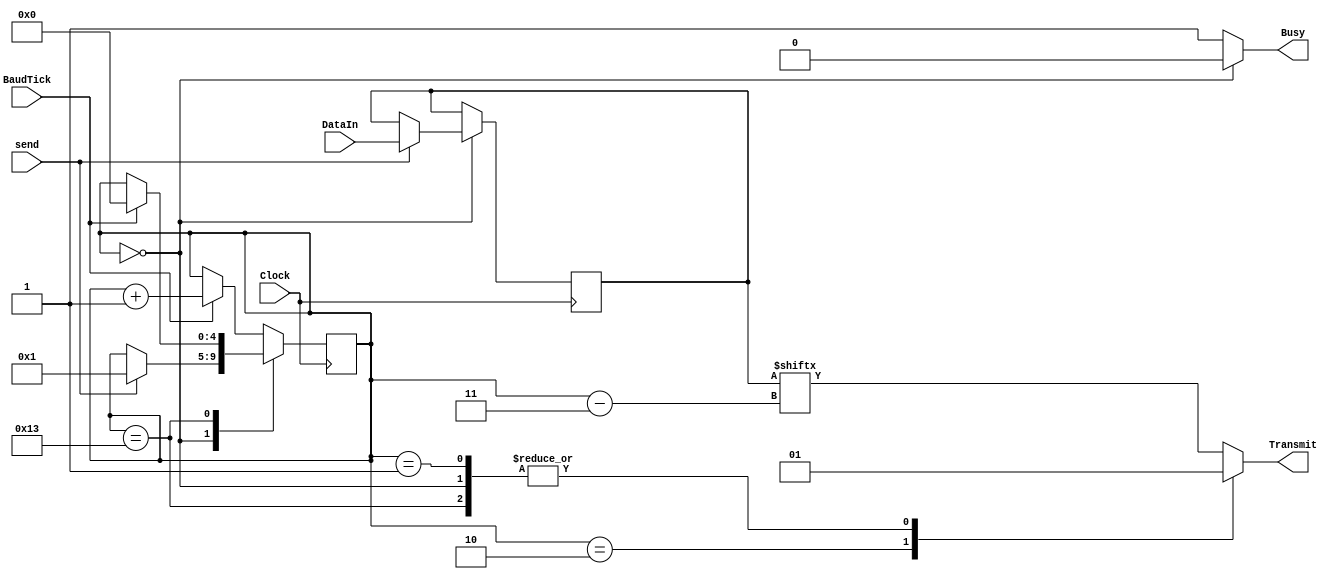
`timescale 1ns / 1ps
//////////////////////////////////////////////////////////////////////////////////
// Company: 
// Engineer: 
// 
// Design Name: 
// Module Name:    SerialTransmit 
// Project Name: 
// Target Devices: 
// Tool versions: 
// Description: 
//
// Dependencies: 
//
// Revision: 
// Revision 0.01 - File Created
// Additional Comments: 
//
//////////////////////////////////////////////////////////////////////////////////
module SerialTransmit(
    input Clock,
    input BaudTick,
    input [15:0] DataIn,
	 input send,
    output reg Transmit,
	 output reg Busy
    );
	 
	 reg [15:0] sending;
	 reg [4:0] state;
	 // States: 0 = waiting; 1 = startingSend; 2 = sending start bit; 3-19 sending bits; 20 = sending stop bit  
	 
	 initial
	 begin
		sending <= 16'h0000;
		state <= 5'h00;
		Transmit <= 1;
		Busy <= 0;
	 end
	 
	 always@(posedge Clock)
	 begin
		case (state)
			0:
				begin
					if(send)
					begin
						state <= 1;
						sending <= DataIn;
					end
				end
			19:
				begin
					if(BaudTick)
						state <= 0;
				end
			default:
				begin
					if(BaudTick)
						state <= state + 1;
				end		
		endcase
	 end
	 
	 always@(state, sending)
	 begin
		case(state)
			0:
				begin
					Busy <= 0;
					Transmit <= 1;
				end
			1:
				begin
					Busy <= 1;
					Transmit <= 1;
				end
			2:
				begin
					Busy <= 1;
					Transmit <= 0;
				end
			19:
				begin
					Busy <= 1;
					Transmit <= 1;
				end
			default:
				begin
					Busy <= 1;
					Transmit <= sending[state - 3];
				end
				
		endcase
	 end


endmodule